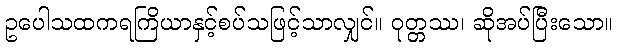
ဥပေါသထကရကြိယာနှင့်စပ်သဖြင့်သာလျှင်။ ဝုတ္တဿ၊ ဆိုအပ်ပြီးသော။